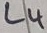
Text: L4